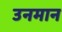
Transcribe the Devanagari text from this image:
उनमान